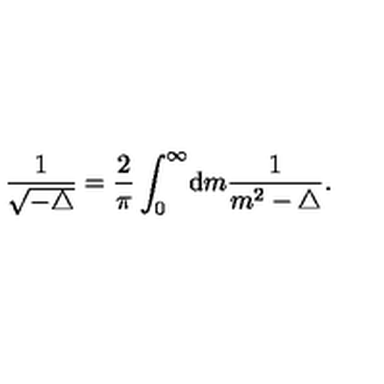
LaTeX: \frac { 1 } { \sqrt { - \triangle } } = \frac { 2 } { \pi } \int _ { 0 } ^ { \infty } \! { { \mathrm d } } m \frac { 1 } { m ^ { 2 } - \triangle } .